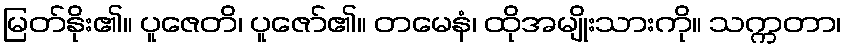
မြတ်နိုး၏။ ပူဇေတိ၊ ပူဇော်၏။ တမေနံ၊ ထိုအမျိုးသားကို။ သက္ကတာ၊